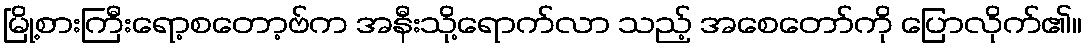
မြို့စားကြီးရော့စတော့ဗ်က အနီးသို့ရောက်လာ သည့် အစေတော်ကို ပြောလိုက်၏။